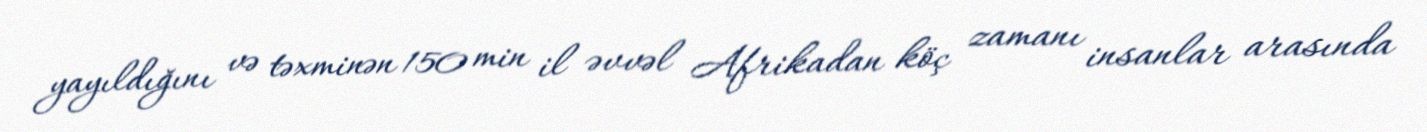
yayıldığını və təxminən 150 min il əvvəl Afrikadan köç zamanı insanlar arasında